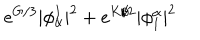
e ^ { G / 3 } | \phi _ { \alpha } ^ { I } | ^ { 2 } + e ^ { K / 2 } | \phi _ { I } ^ { \alpha } | ^ { 2 }